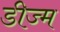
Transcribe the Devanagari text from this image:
डीज्म